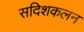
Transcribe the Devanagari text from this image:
सदिशकलन